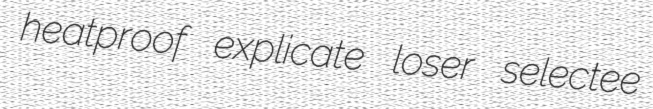
heatproof explicate loser selectee